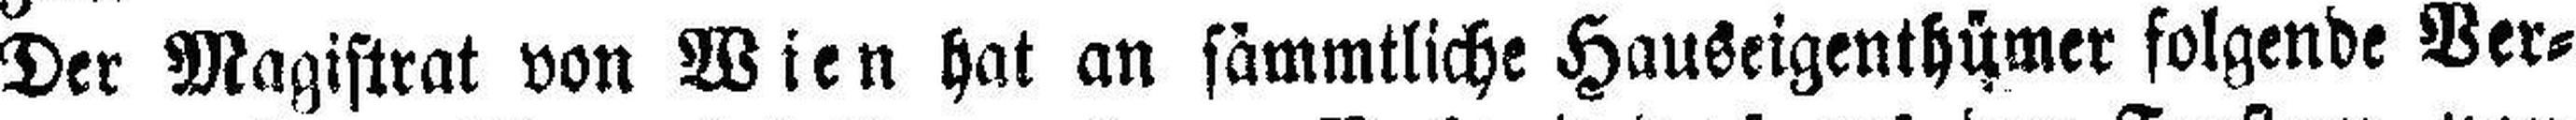
Der Magistrat von Wien hat an sämmtliche Hauseigenthümer folgende Ver¬